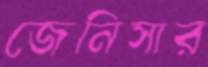
জেনিসার